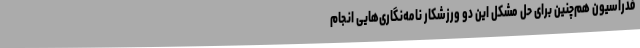
فدراسیون هم‌چنین برای حل مشکل این دو ورزشکار نامه‌نگاری‌هایی انجام